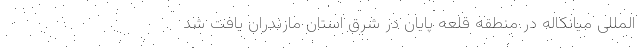
المللی میانکاله در منطقه قلعه پایان در شرق استان مازندران یافت شد